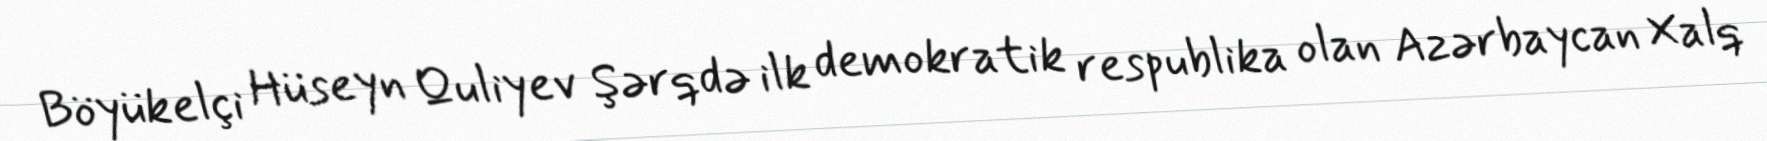
Böyükelçi Hüseyn Quliyev Şərqdə ilk demokratik respublika olan Azərbaycan Xalq